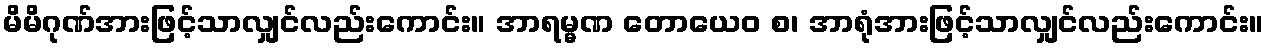
မိမိဂုဏ်အားဖြင့်သာလျှင်လည်းကောင်း။ အာရမ္မဏ တောယေဝ စ၊ အာရုံအားဖြင့်သာလျှင်လည်းကောင်း။